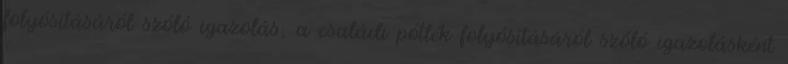
folyósításáról szóló igazolás; a családi pótlék folyósításáról szóló igazolásként